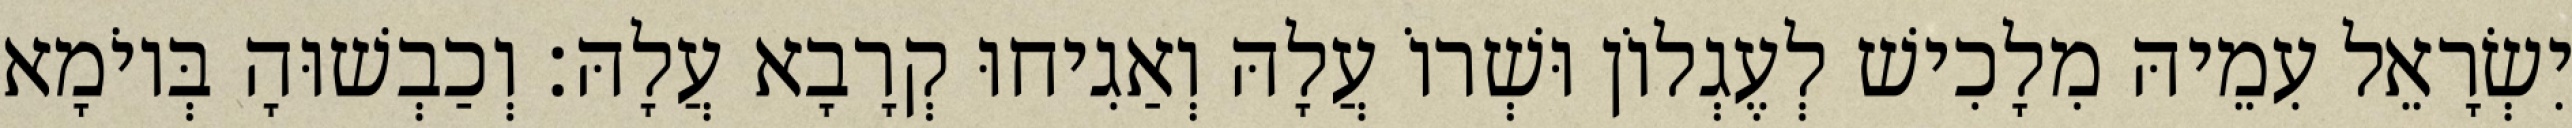
יִשְׂרָאֵל עִמֵיהּ מִלָכִישׁ לְעֶגְלוֹן וּשְׁרוֹ עֲלָהּ וְאַגִיחוּ קְרָבָא עֲלָהּ׃ וְכַבְשׁוּהָ בְּיוֹמָא